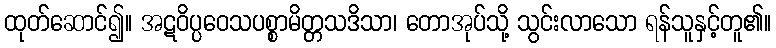
ထုတ်ဆောင်၍။ အဋဝိပ္ပဝေသပစ္စာမိတ္တသဒိသာ၊ တောအုပ်သို့ သွင်းလာသော ရန်သူနှင့်တူ၏။